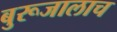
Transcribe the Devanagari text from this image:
बुरूजालाच